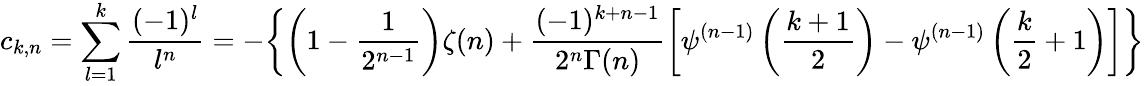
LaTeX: c_{k,n}=\sum_{l=1}^{k}\frac{(-1)^{l}}{l^{n}}=-\biggl\{ \left(1-\frac{1}{2^{n-1}}\right)\zeta(n)+\frac{(-1)^{k+n-1}}{2^{n}\Gamma(n)}\biggl[\psi^{(n-1)}\left(\frac{k+1}{2}\right)-\psi^{(n-1)}\left(\frac{k}{2}+1\right)\biggr]\biggr\}